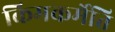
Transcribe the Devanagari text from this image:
किमकर्मेति